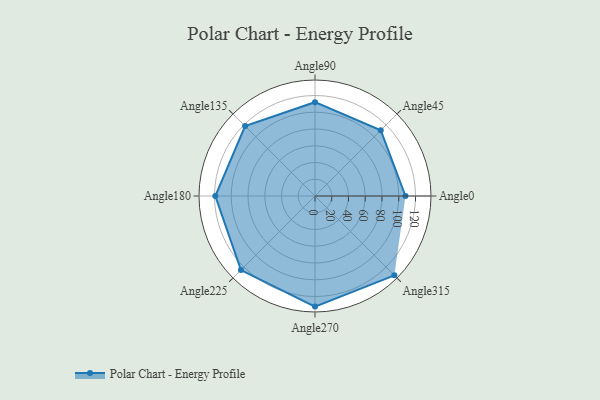
{"axis": {"x": "Angle", "y": "Radius"}, "legend": [""], "data": [{"x": "Angle0", "y": 108.0, "type": ""}, {"x": "Angle45", "y": 111.0, "type": ""}, {"x": "Angle90", "y": 112.0, "type": ""}, {"x": "Angle135", "y": 118.0, "type": ""}, {"x": "Angle180", "y": 119.0, "type": ""}, {"x": "Angle225", "y": 125.0, "type": ""}, {"x": "Angle270", "y": 132.0, "type": ""}, {"x": "Angle315", "y": 134.0, "type": ""}]}